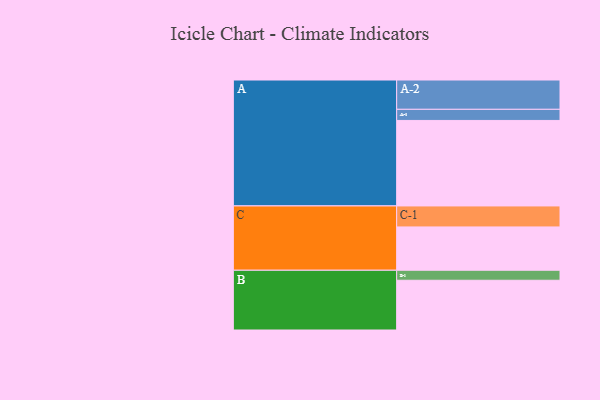
{"axis": {"x": "Segment", "y": "Value"}, "legend": ["", "A", "B", "C"], "data": [{"x": "A", "y": 598, "type": ""}, {"x": "B", "y": 348, "type": ""}, {"x": "C", "y": 303, "type": ""}, {"x": "A-1", "y": 78, "type": "A"}, {"x": "A-2", "y": 205, "type": "A"}, {"x": "B-1", "y": 70, "type": "B"}, {"x": "C-1", "y": 147, "type": "C"}]}